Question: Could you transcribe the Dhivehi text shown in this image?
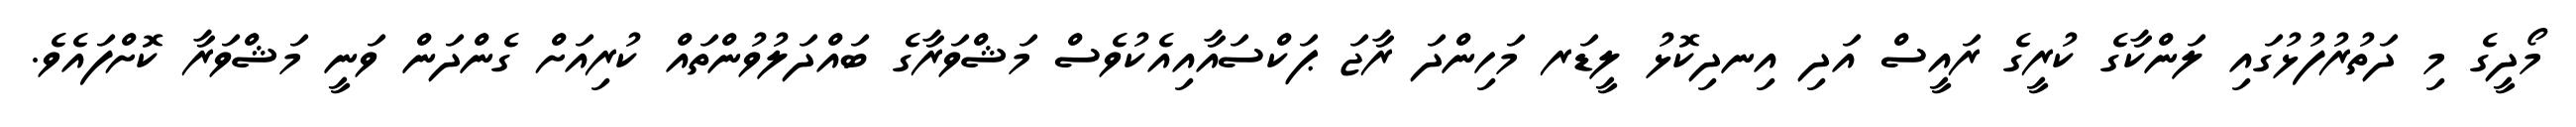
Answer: މޯދީގެ މި ދަތުރުފުޅުގައި ލަންކާގެ ކުރީގެ ރައީސް އަދި އިނދިކޮޅު ލީޑަރ މަހިންދަ ރާޖަ ޕަކްސައާއިއެކުވެސް މަޝްވަރާގެ ބައްދަލުވުންތައް ކުރިއަށް ގެންދަން ވަނީ މަޝްވަރާ ކޮށްފައެވެ.